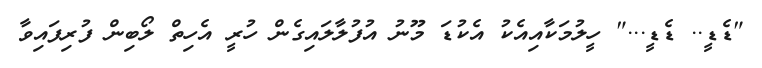
"ޑެޑީ.. ޑެޑީ..." ހީލުމަކާއިއެކު އެކުޑަ މޫނު އުފުލާލައިގެން ހުރީ އެހިތް ލޯބިން ފުރިފައިވާ